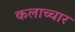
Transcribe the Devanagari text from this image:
कलाच्चार